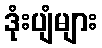
ဒုံးပျံများ